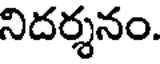
నిదర్శనం.